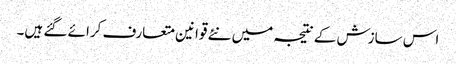
اس سازش کے نتیجہ میں نئے قوانین متعارف کرائے گئے ہیں۔